Reports on dispensaries and lunatic asylums in the Province of Oudh - 1869-1876
Year: 1869
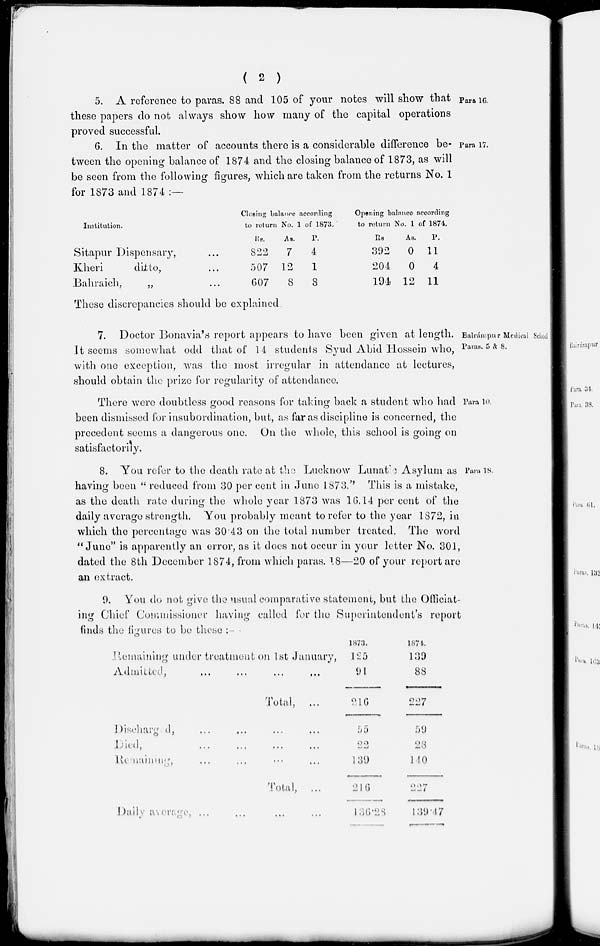
( 2 )
Para 16.
5. A reference to pavas. 88 and 105 of your notes will show that
these papers do not always show how many of the capital operations
proved successful.
Para 17.
6. In the matter of accounts there is a considerable difference be-
tween the opening balance of 1874 and the closing balance of 1873, as will
be seen from the following figures, which are taken from the returns No. 1
for 1873 and 1874 :—
Institution.
Sitapur Dispensary, ...
Kheri
diito, ...
Bahraich,
„ ...
Closing balance according
to return No. 1 of 1873.
Rs.
822
507
607
As.
7
12
8
p.
4
1
8
Opening balance according
to return No. 1 of 1874.
Rs
392
204
194
As.
0
0
12
P.
11
4
11
These discrepancies should be explained.
Ealrámpur Medical School
Paras. 5 & 8.
7. Doctor Bonavia's report appears to have been given at length.
It seems somewhat odd that of 14 students Syud Abid Hossein who,
with one exception, was the most irregular in attendance at lectures,
should obtain the prize for regularity of attendance.
Para 10.
There were doubtless good reasons for taking back a student who had
been dismissed for insubordination, but, as far as discipline is concerned, the
precedent seems a dangerous one. On the whole, this school is going on
satisfactorily.
Para 18.
8. You refer to the death rate at the Lucknow Lunatic Asylum as
having been " reduced from 30 per cent in June 1873.'' This is a mistake,
as the death rate during the whole year 1873 was 16.14 per cent of the
daily average strength. You probably meant to refer to the year 1872, in
which the percentage was 30.43 on the total number treated. The word
" June" is apparently an error, as it does not occur in your letter No. 301,
dated the 8th December 1874, from which paras. 18—20 of your report are
an extract.
9. You do not give the usual comparative statement, but the Officiat-
ing Chief Commissioner having called for the Superintendent's report
finds the figures to be these :- -
Remaining under treatment on 1st January,
Admitted ... ... ... ... ...
Total, ...
Discharged, ... ... ... ... ...
Died,
...
...
...
...
...
Remaining ... ... ... ... ...
Total, ...
Daily average ... ... ... ... ...
1873.
l25
91
216
55
22
139
216
136.28
1874.
139
88
227
59
28
140
227
139.47